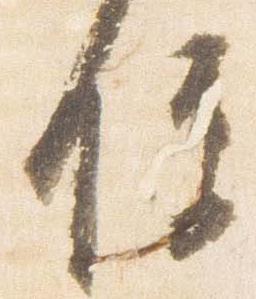
便